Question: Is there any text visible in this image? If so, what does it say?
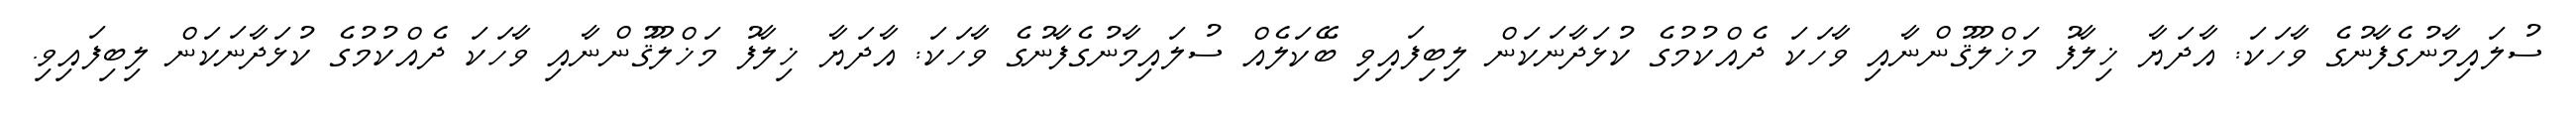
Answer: ސުލައިމާނުގެފާނުގެ ވާހަކަ: އާދަޔާ ޚިލާފު މަޚްލޫޤުންނާއި ވާހަކަ ދެއްކުމުގެ ކުޅަދާނަކަން ލިބިފައިވި ބޭކަލެއް ސުލައިމާނުގެފާނުގެ ވާހަކަ: އާދަޔާ ޚިލާފު މަޚްލޫޤުންނާއި ވާހަކަ ދެއްކުމުގެ ކުޅަދާނަކަން ލިބިފައިވި.